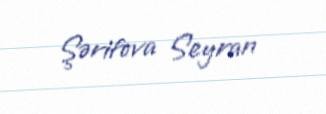
Şərifova Seyran